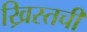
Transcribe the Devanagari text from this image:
ख्रिस्तची